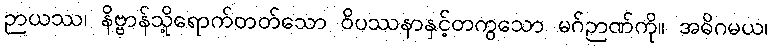
ဉာယဿ၊ နိဗ္ဗာန်သို့ရောက်တတ်သော ဝိပဿနာနှင့်တကွသော မဂ်ဉာဏ်ကို။ အဓိဂမယ၊